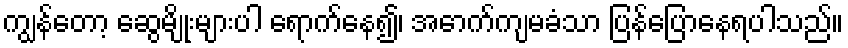
ကျွန်တော့ ဆွေမျိုးများပါ ရောက်နေ၍၊ အောက်ကျမခံသာ ပြန်ပြောနေရပါသည်။